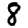
Digit: 8